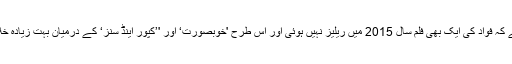
یاد رہے کہ فواد کی ایک بھی فلم سال 2015 میں ریلیز نہیں ہوئی اور اس طرح 'خوبصورت‘ اور '’کپور اینڈ سنز‘ کے درمیان بہت زیادہ خلاء آگیا۔